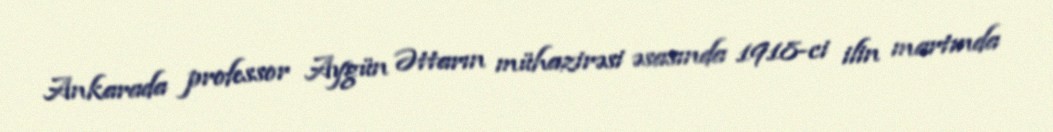
Ankarada professor Aygün Əttarın mühazirəsi əsasında 1918-ci ilin martında